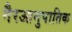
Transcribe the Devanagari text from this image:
गैरआनुपातिक